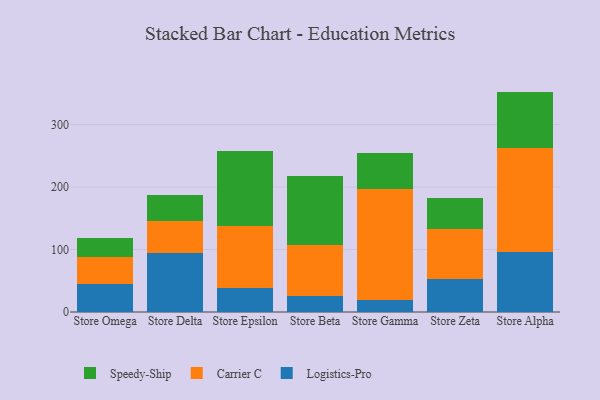
{"axis": {"x": "Store", "y": "Gross Profit (USD K)"}, "legend": ["Carrier C", "Logistics-Pro", "Speedy-Ship"], "data": [{"x": "Store Omega", "y": 44.8, "type": "Logistics-Pro"}, {"x": "Store Omega", "y": 43.8, "type": "Carrier C"}, {"x": "Store Omega", "y": 30.0, "type": "Speedy-Ship"}, {"x": "Store Delta", "y": 95.0, "type": "Logistics-Pro"}, {"x": "Store Delta", "y": 50.1, "type": "Carrier C"}, {"x": "Store Delta", "y": 41.8, "type": "Speedy-Ship"}, {"x": "Store Epsilon", "y": 38.3, "type": "Logistics-Pro"}, {"x": "Store Epsilon", "y": 100.1, "type": "Carrier C"}, {"x": "Store Epsilon", "y": 118.9, "type": "Speedy-Ship"}, {"x": "Store Beta", "y": 24.9, "type": "Logistics-Pro"}, {"x": "Store Beta", "y": 82.7, "type": "Carrier C"}, {"x": "Store Beta", "y": 110.3, "type": "Speedy-Ship"}, {"x": "Store Gamma", "y": 19.4, "type": "Logistics-Pro"}, {"x": "Store Gamma", "y": 177.8, "type": "Carrier C"}, {"x": "Store Gamma", "y": 57.5, "type": "Speedy-Ship"}, {"x": "Store Zeta", "y": 52.8, "type": "Logistics-Pro"}, {"x": "Store Zeta", "y": 80.4, "type": "Carrier C"}, {"x": "Store Zeta", "y": 49.9, "type": "Speedy-Ship"}, {"x": "Store Alpha", "y": 95.7, "type": "Logistics-Pro"}, {"x": "Store Alpha", "y": 167.1, "type": "Carrier C"}, {"x": "Store Alpha", "y": 89.9, "type": "Speedy-Ship"}]}